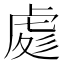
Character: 𧆵